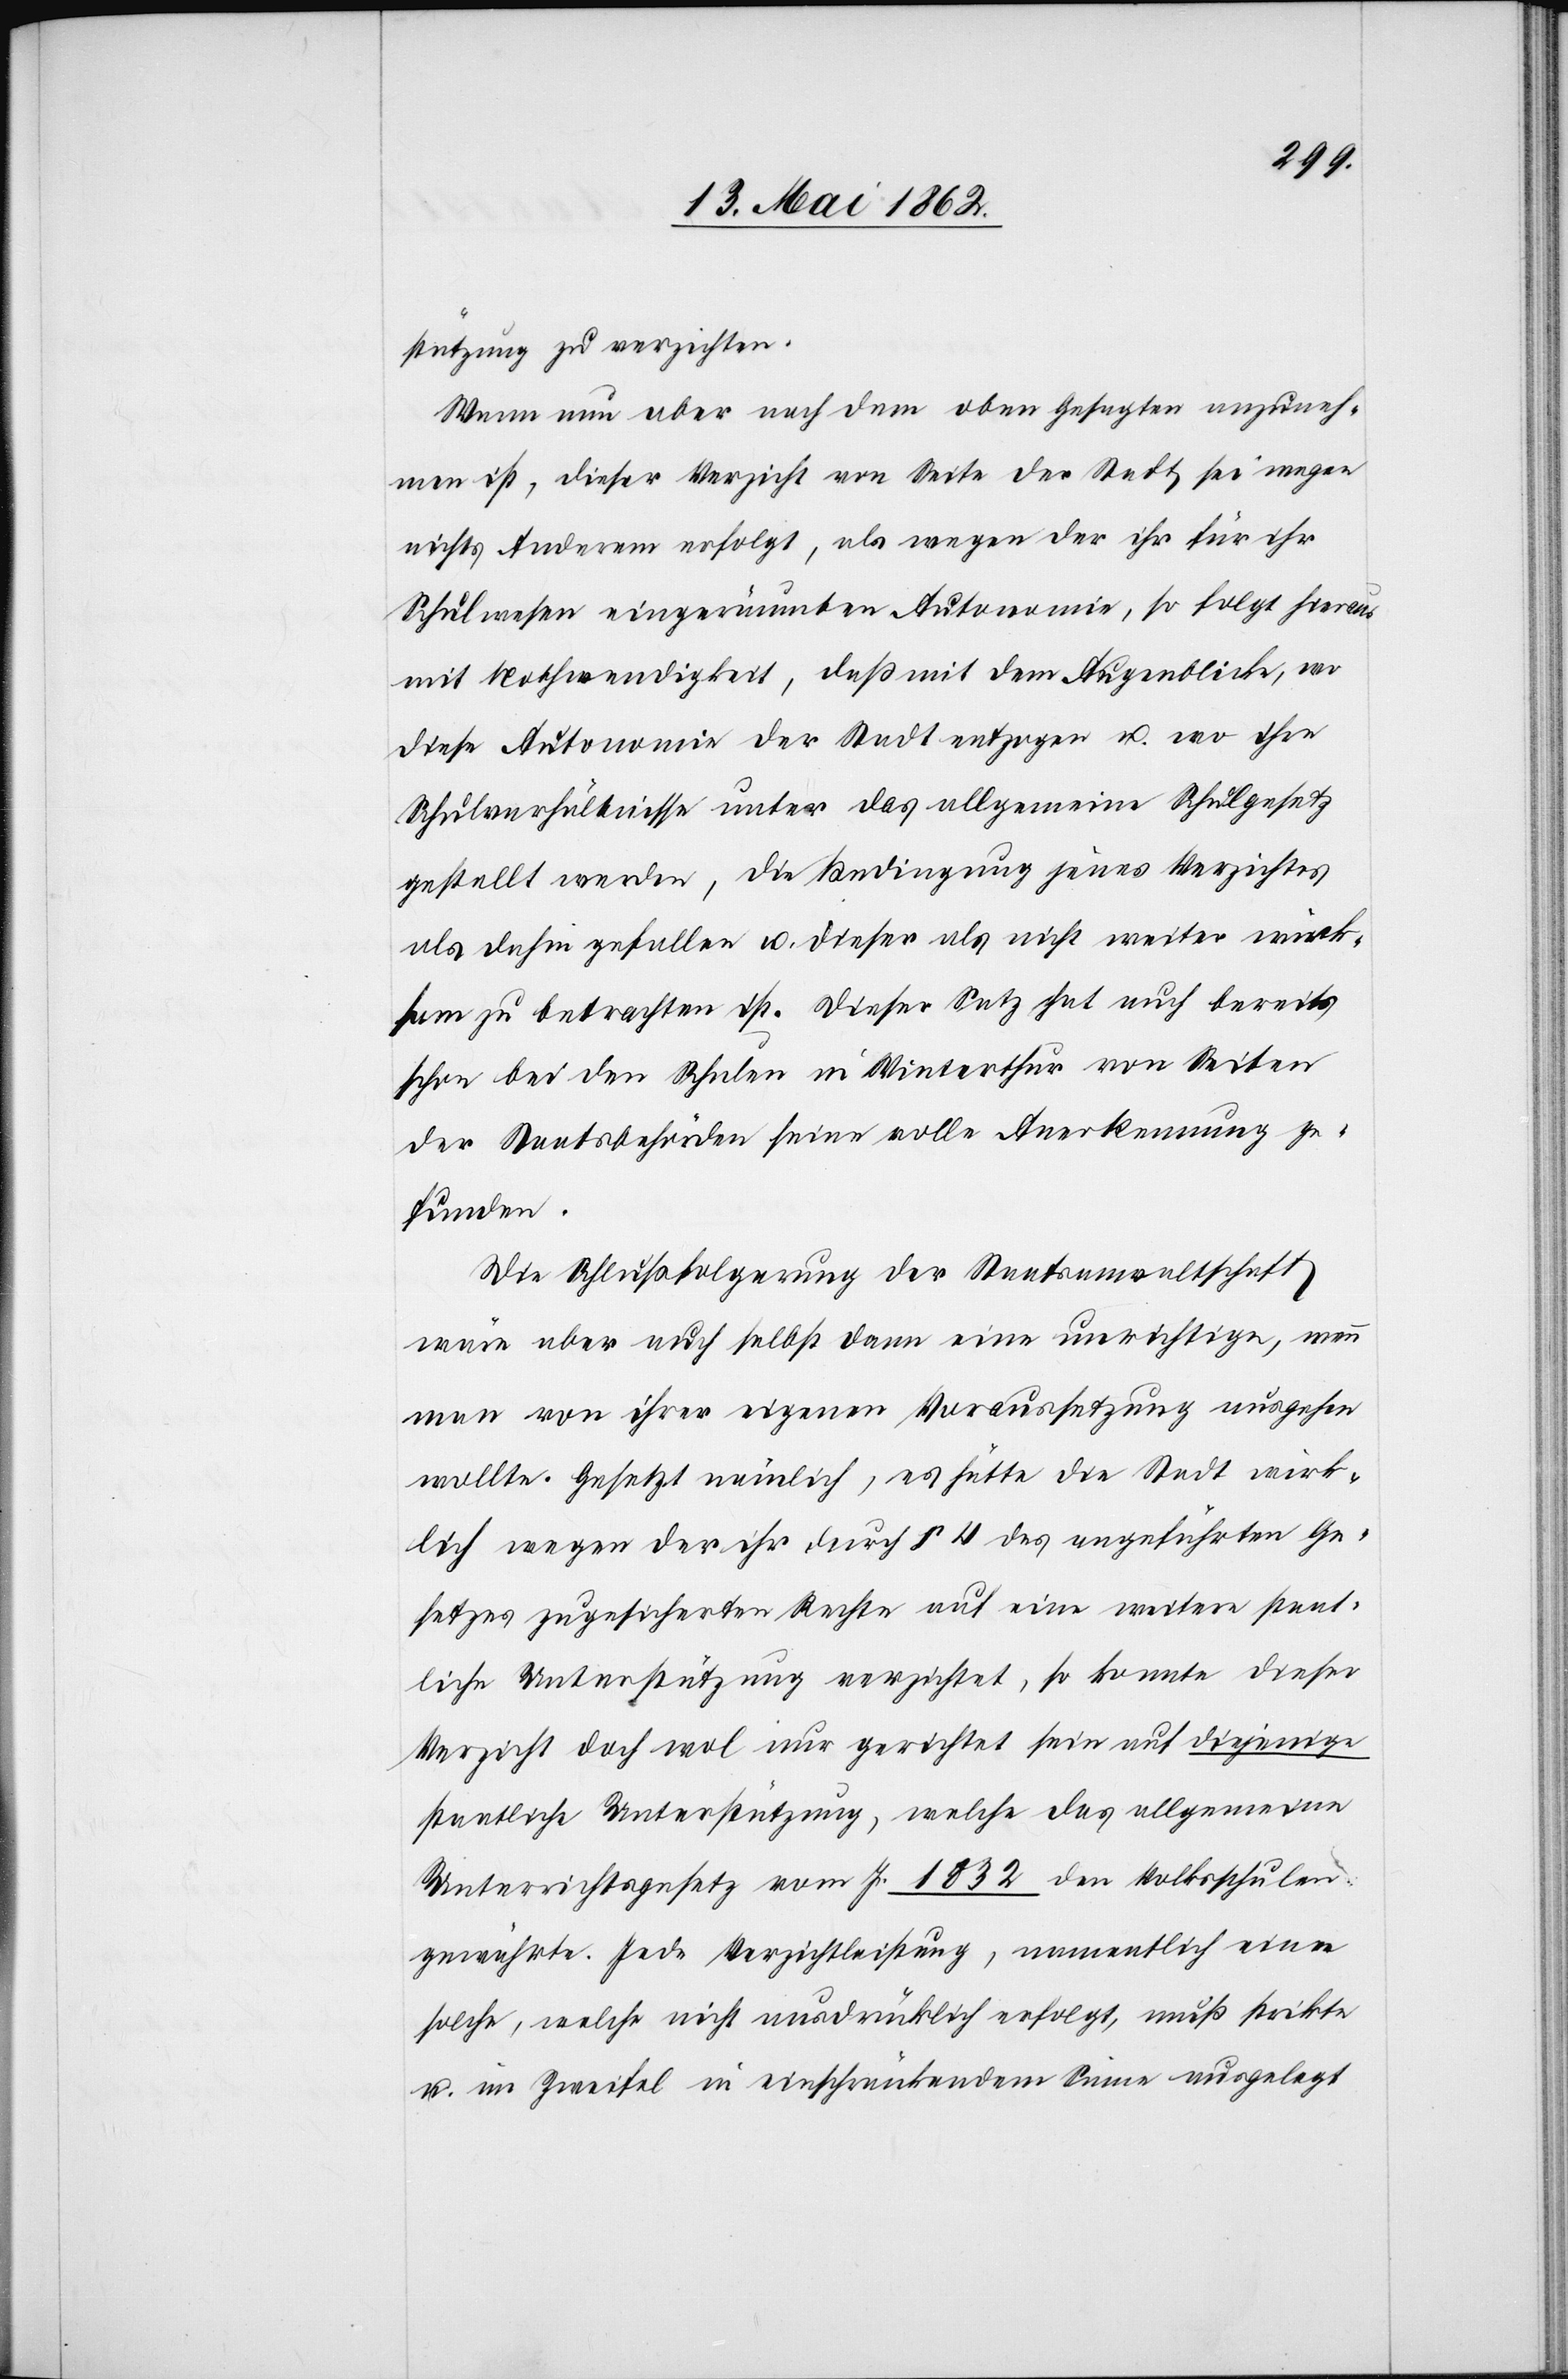
stützung zu verzichten.
Wenn nun aber nach dem oben Gesagten anzuneh¬
men ist, dieser Verzicht von Seite der Stadt sei wegen
nichts Anderem erfolgt, als wegen der ihr für ihr
Schulwesen eingeräumten Autonomie, so folgt hieraus
mit Nothwendigkeit, daß mit dem Augenblick, wo
diese Autonomie der Stadt entzogen u. wo ihre
Schulverhältnisse unter das allgemeine Schulgesetz
gestellt werden, die Bedingung jenes Verzichtes
als dahin gefallen u. dieser als nicht weiter wirk¬
sam zu betrachten ist. Dieser Satz hat auch bereits
schon bei den Schulen in Winterthur von Seiten
der Staatsbehörden seine volle Anerkennung ge¬
funden.
Die Schlußfolgerung der Staatsanwaltschaft
wäre aber auch selbst dann eine unrichtige, wenn
man von ihrer eigenen Voraussetzung ausgehen
wollte. Gesetzt nämlich, es hätte die Stadt wirk¬
lich wegen der ihr durch § 4 des angeführten Ge¬
setzes zugesicherten Rechte auf eine weitere staat¬
liche Unterstützung verzichtet, so konnte dieser
Verzicht doch wol nur gerichtet sein und diejenige
staatliche Unterstützung, welche das allgemeine
Unterrichtsgesetz vom J. 1832 den Volksschulen
gewährte. Jede Verzichtleistung, namentlich eine
solche, welche nicht ausdrücklich erfolgt, muß strikte
u. im Zweifel in einschränkendem Sinne ausgelegt